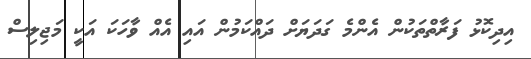
އިދިކޮޅު ފަރާތްތަކުން އެންމެ ގަދަޔަށް ދައްކަމުން އައި އެއް ވާހަކަ އަކީ މަޖިލިސް